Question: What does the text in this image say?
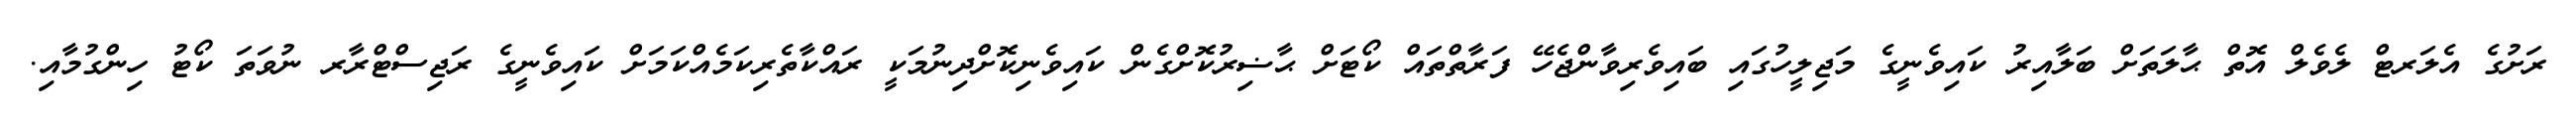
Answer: ރަށުގެ އެލަރޓް ލެވެލް އޮތް ޙާލަތަށް ބަލާއިރު ކައިވެނީގެ މަޖިލީހުގައި ބައިވެރިވާންޖެހޭ ފަރާތްތައް ކޯޓަށް ޙާޟިރުކޮށްގެން ކައިވެނިކޮށްދިނުމަކީ ރައްކާތެރިކަމެއްކަމަށް ކައިވެނީގެ ރަޖިސްޓްރާރ ނުވަތަ ކޯޓު ހިންގުމާއި.